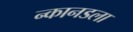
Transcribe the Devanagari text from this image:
न्कानडला